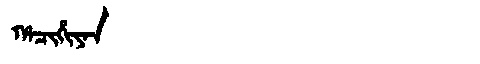
Manchu: ᡥᠠᠴᡳᡥᡳᠶᠠᠨ
Romanization: HACIHIYAN